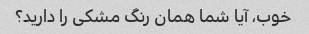
خوب، آیا شما همان رنگ مشکی را دارید؟